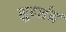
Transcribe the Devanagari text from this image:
सुदर्शनं